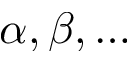
\alpha , \beta , \ldots